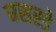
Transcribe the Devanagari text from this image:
घसरडे